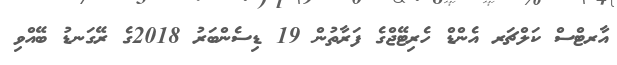
އާރޓްސް ކަލްޗަރ އެންޑް ހެރިޓޭޖްގެ ފަރާތުން 19 ޑިސެންބަރު 2018ގެ ރޭގަނޑު ބޭއްވި